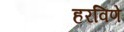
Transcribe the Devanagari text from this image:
हरविणे